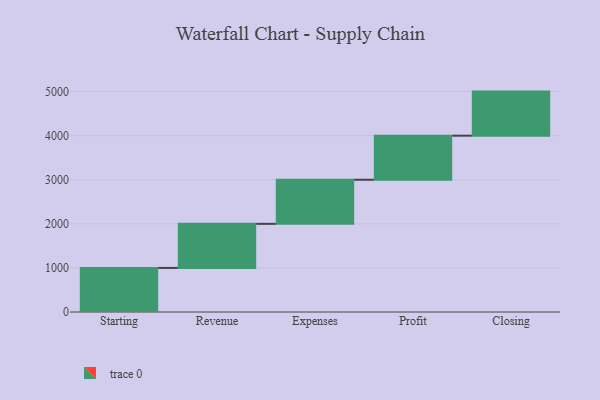
{"axis": {"x": "Step", "y": "Value"}, "legend": [""], "data": [{"x": "Starting", "y": 1000, "type": ""}, {"x": "Revenue", "y": 1000, "type": ""}, {"x": "Expenses", "y": 1000, "type": ""}, {"x": "Profit", "y": 1000, "type": ""}, {"x": "Closing", "y": 1000, "type": ""}]}